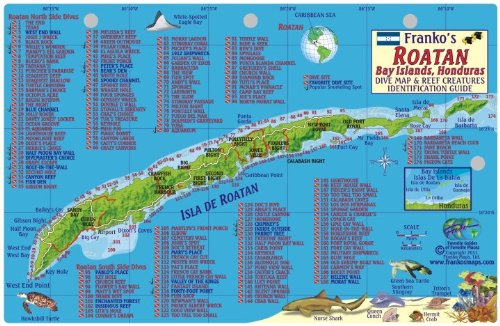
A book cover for Roatan Honduras Dive Map & Reef Creatures Guide Franko Maps Laminated Fish Card; Franko Maps Ltd.; Travel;